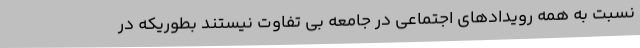
نسبت به همه رویدادهای اجتماعی در جامعه بی تفاوت نیستند بطوریکه در